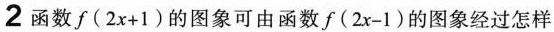
2 函数$$f ( 2 x + 1 )$$的图象可由函数$$f ( 2 x - 1 )$$的图象经过怎样